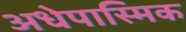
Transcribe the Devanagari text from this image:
अधेपास्मिक